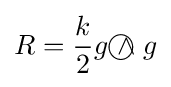
R={\frac {k}{2}}g{~\wedge \!\!\!\!\!\!\!\!\;\bigcirc ~}g